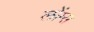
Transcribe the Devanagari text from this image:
लोंग्स